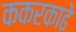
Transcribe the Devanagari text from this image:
ककरकाढे